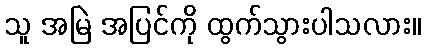
သူ အမြဲ အပြင်ကို ထွက်သွားပါသလား။